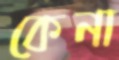
কেনা